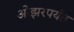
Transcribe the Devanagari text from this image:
ओझरपर्यंत